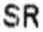
SR